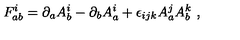
F _ { a b } ^ { i } = \partial _ { a } A _ { b } ^ { i } - \partial _ { b } A _ { a } ^ { i } + \epsilon _ { i j k } A _ { a } ^ { j } A _ { b } ^ { k } \ ,